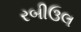
રબીઉલ